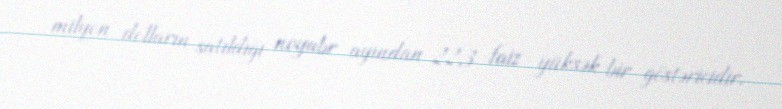
milyon dolların satıldığı noyabr ayından 22,3 faiz yüksək bir göstəricidir.